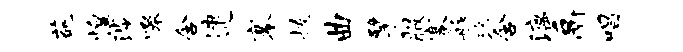
葩惶涉嗥含逮搴拔曲擘服寨舴珞含漓鬲唱